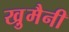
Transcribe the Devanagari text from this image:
खु़मैनी